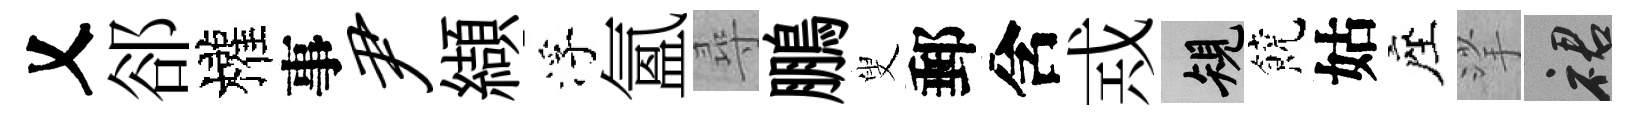
乂郤權事尹纈浮氳尋鵬叟郵含𢦶規饒姑座挲裙